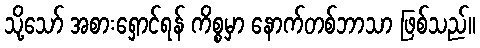
သို့သော် အစားရှောင်ရန် ကိစ္စမှာ နောက်တစ်ဘာသာ ဖြစ်သည်။